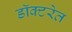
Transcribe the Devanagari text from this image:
डॉक्टरेत